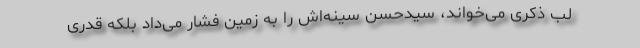
لب ذکری می‌خواند، سیدحسن سینه‌اش را به زمین فشار می‌داد بلکه قدری